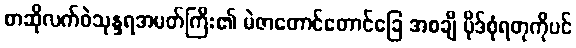
စာဆိုလက်ဝဲသုန္ဒရအမတ်ကြီး၏ မဲဇာတောင်တောင်ခြေ အစချီ ပိုဒ်စုံရတုကိုပင်